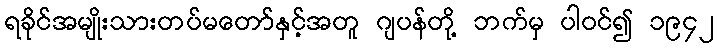
ရခိုင်အမျိုးသားတပ်မတော်နှင့်အတူ ဂျပန်တို့ ဘက်မှ ပါဝင်၍ ၁၉၄၂